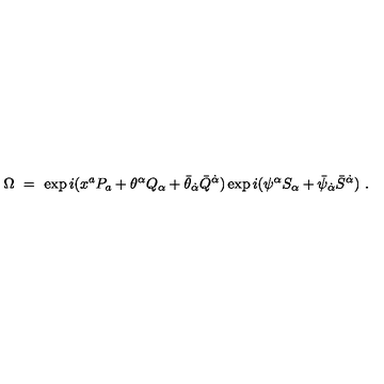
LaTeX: \Omega \ = \ \exp i ( x ^ { a } P _ { a } + \theta ^ { \alpha } Q _ { \alpha } + \bar { \theta } _ { \dot { \alpha } } \bar { Q } ^ { \dot { \alpha } } ) \exp i ( \psi ^ { \alpha } S _ { \alpha } + \bar { \psi } _ { \dot { \alpha } } \bar { S } ^ { \dot { \alpha } } ) \ .